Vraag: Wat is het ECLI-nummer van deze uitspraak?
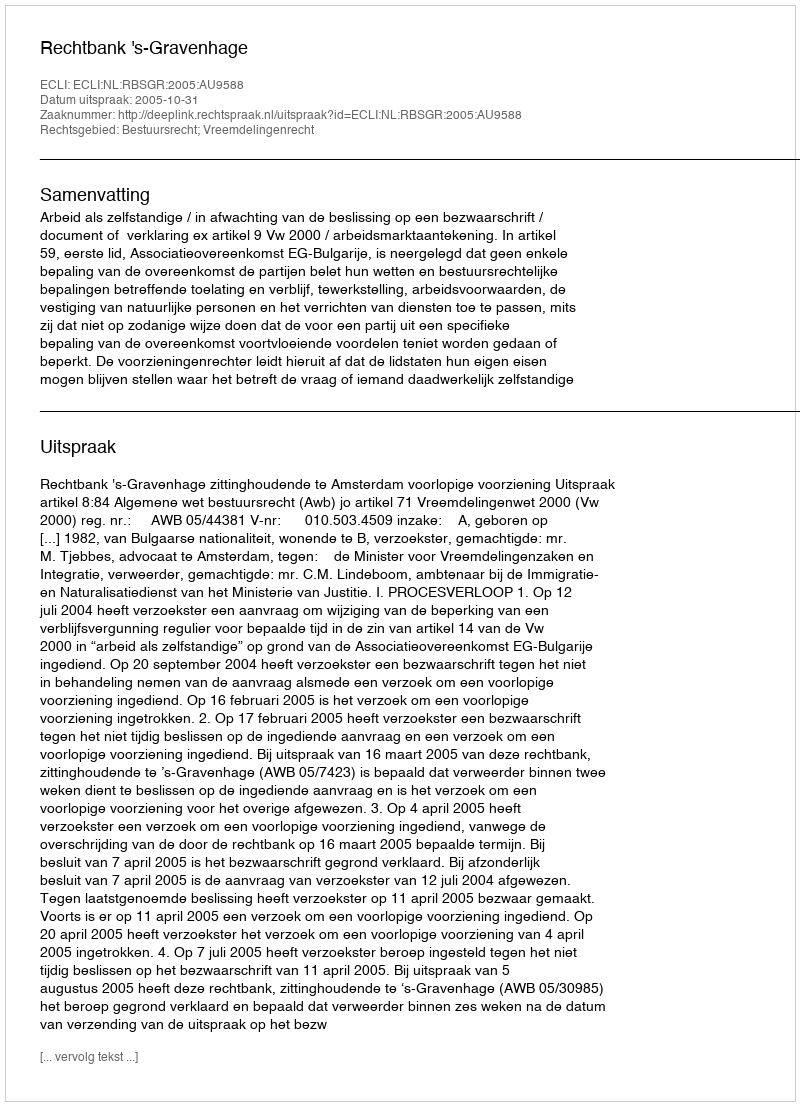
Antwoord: ECLI:NL:RBSGR:2005:AU9588